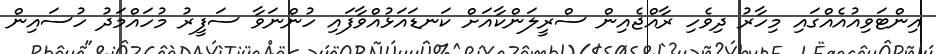
އިންޓަވިއުއެއްގައި މިހާރު ދިވެހި ރާއްޖެއިން ސްރީލަންކާއަށް ކަނޑައަޅުއްވާފައި ހުންނަވާ ސަފީރު މުހައްމަދު ހުސައިން